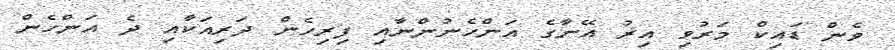
ވެން ޑައިކް މަރުވި އިރު އޭނާގެ އަންހެނުންނާއި ފިރިހެން ދަރިއަކާއި ދެ އަންހެން